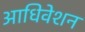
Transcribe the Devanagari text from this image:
आधिवेशन